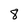
Character: 8